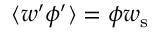
\langle w ^ { \prime } \phi ^ { \prime } \rangle = \phi { w _ { \mathrm { s } } }